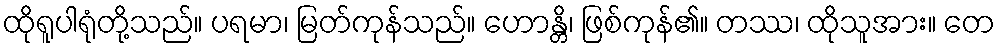
ထိုရူပါရုံတို့သည်။ ပရမာ၊ မြတ်ကုန်သည်။ ဟောန္တိ၊ ဖြစ်ကုန်၏။ တဿ၊ ထိုသူအား။ တေ